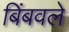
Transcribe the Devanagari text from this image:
बिंबवले